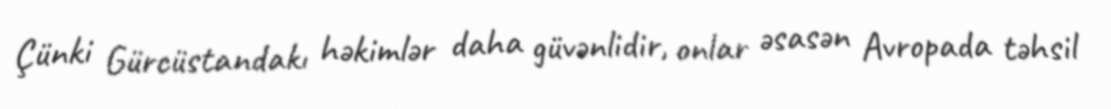
Çünki Gürcüstandakı həkimlər daha güvənlidir, onlar əsasən Avropada təhsil